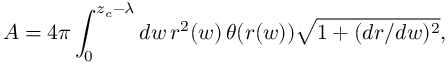
A = 4 \pi \int _ { 0 } ^ { z _ { c } - \lambda } d w \, r ^ { 2 } ( w ) \, \theta ( r ( w ) ) \sqrt { 1 + ( d r / d w ) ^ { 2 } } ,